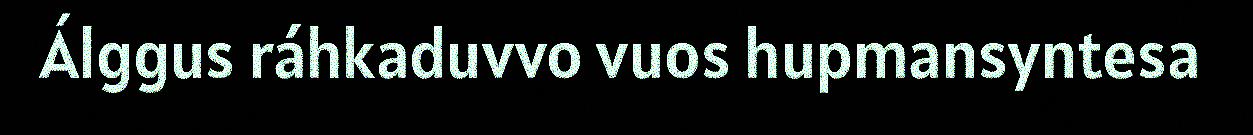
Álggus ráhkaduvvo vuos hupmansyntesa